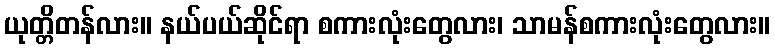
ယုတ္တိတန်လား။ နယ်ပယ်ဆိုင်ရာ စကားလုံးတွေလား၊ သာမန်စကားလုံးတွေလား။